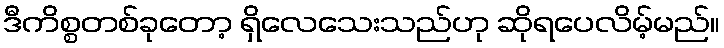
ဒီကိစ္စတစ်ခုတော့ ရှိလေသေးသည်ဟု ဆိုရပေလိမ့်မည်။